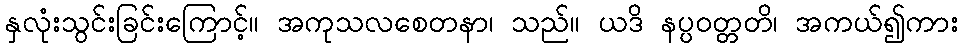
နှလုံးသွင်းခြင်းကြောင့်။ အကုသလစေတနာ၊ သည်။ ယဒိ နပ္ပဝတ္တတိ၊ အကယ်၍ကား